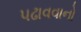
પઢાવવાનો